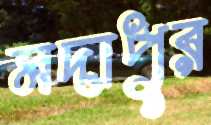
মদাপুর